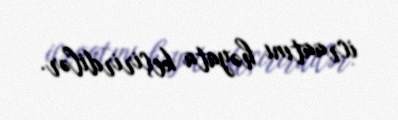
icraatını həyata keçirirdilər.